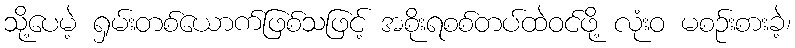
သို့ပေမဲ့ ရှမ်းတစ်ယောက်ဖြစ်သဖြင့် အစိုးရစစ်တပ်ထဲဝင်ဖို့ လုံးဝ မစဉ်းစားခဲ့၊